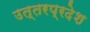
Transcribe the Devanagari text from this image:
उत्‍तरप्रदेश